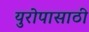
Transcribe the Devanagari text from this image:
युरोपासाठी